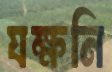
যক্ষনি